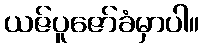
ယဇ်ပူဇော်ခံမှာပါ။